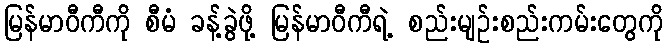
မြန်မာဝီကီကို စီမံ ခန့်ခွဲဖို့ မြန်မာဝီကီရဲ့ စည်းမျဉ်းစည်းကမ်းတွေကို